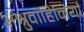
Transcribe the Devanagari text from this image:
अश्रुवाहिनियाँ